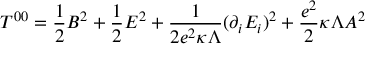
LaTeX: T ^ { 0 0 } = \frac { 1 } { 2 } B ^ { 2 } + \frac { 1 } { 2 } E ^ { 2 } + \frac { 1 } { 2 e ^ { 2 } \kappa \Lambda } ( \partial _ { i } E _ { i } ) ^ { 2 } + \frac { e ^ { 2 } } { 2 } \kappa \Lambda A ^ { 2 }